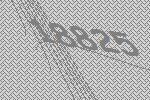
18825